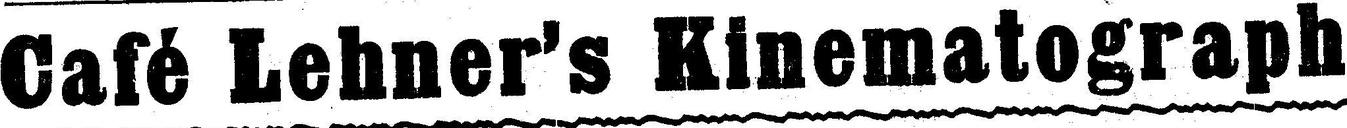
Café Lehner's Kinematograph